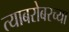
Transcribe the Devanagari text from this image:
त्याबरोबरच्या